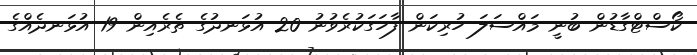
ކޯސްޓްގާޑުން ބުނީ މައްސަލަ ހުރިކަން ފާހަގަކުރެވުނު 20 އުޅަނދުގެ ތެރެއިން 19 އުޅަނދެއްގެ